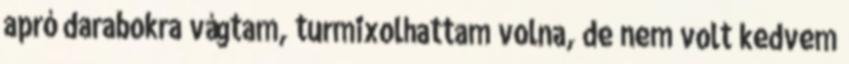
apró darabokra vágtam, turmixolhattam volna, de nem volt kedvem